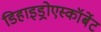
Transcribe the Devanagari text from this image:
डिहाइड्रोएस्कॉर्बेट